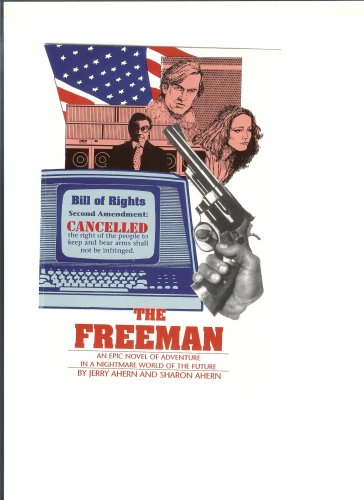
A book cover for The Freeman; Jerry Ahern and Sharon Ahern; Law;